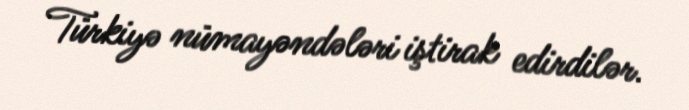
Türkiyə nümayəndələri iştirak edirdilər.